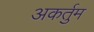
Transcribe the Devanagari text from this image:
अकर्तुम